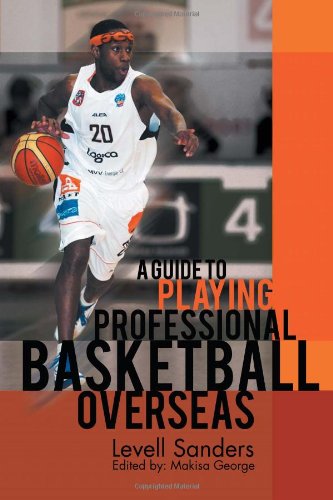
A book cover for A Guide to Playing Professional Basketball Overseas; Levell Sanders; Sports & Outdoors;